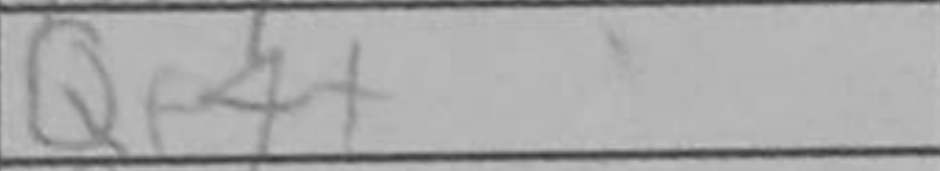
Transcription: Qf4+